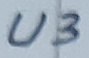
Text: U3